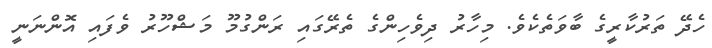
ހެދޭ ތަރުކާރީގެ ބާވަތެކެވެ. މިހާރު ދިވެހިންގެ ތެރޭގައި ރަންގުމޫ މަޝްހޫރު ވެފައި އޮންނަނީ